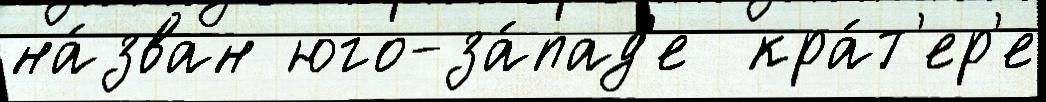
на́зван юго-за́пад'е  кра́т'ер'е